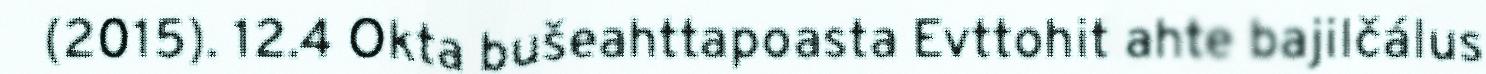
(2015). 12.4 Okta bušeahttapoasta Evttohit ahte bajilčálus